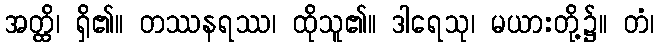
အတ္ထိ၊ ရှိ၏။ တဿနရဿ၊ ထိုသူ၏။ ဒါရေသု၊ မယားတို့၌။ တံ၊